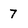
Character: 7